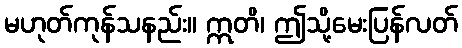
မဟုတ်ကုန်သနည်း။ ဣတိ၊ ဤသို့မေးပြန်လတ်